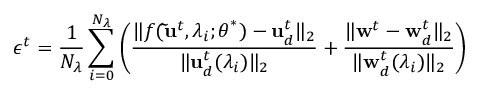
\epsilon ^ { t } = \frac { 1 } { N _ { \lambda } } \sum _ { i = 0 } ^ { N _ { \lambda } } \left( \frac { \lVert f ( \mathbf { \widetilde { u } } ^ { t } , \lambda _ { i } ; \boldsymbol { \theta } ^ { * } ) - \mathbf { u } _ { d } ^ { t } \rVert _ { 2 } } { \lVert \mathbf { u } _ { d } ^ { t } ( \lambda _ { i } ) \rVert _ { 2 } } + \frac { \lVert \mathbf { w } ^ { t } - \mathbf { w } _ { d } ^ { t } \rVert _ { 2 } } { \lVert \mathbf { w } _ { d } ^ { t } ( \lambda _ { i } ) \rVert _ { 2 } } \right)